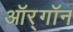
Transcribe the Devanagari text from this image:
ऑर्‌गॉन